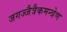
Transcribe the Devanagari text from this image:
जगज्जैत्रैकमन्त्रेण